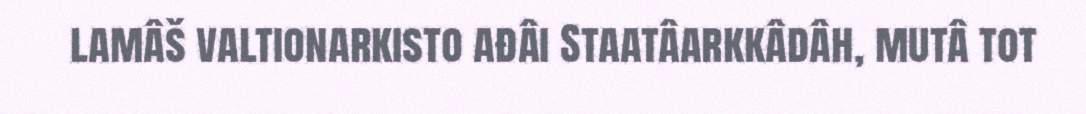
lamâš valtionarkisto ađâi Staatâarkkâdâh, mutâ tot